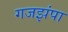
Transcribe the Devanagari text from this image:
गजझंपा